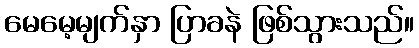
မေမေ့မျက်နှာ ပြာခနဲ ဖြစ်သွားသည်။